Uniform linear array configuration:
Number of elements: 64
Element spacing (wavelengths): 1
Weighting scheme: kaiser
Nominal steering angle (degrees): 45
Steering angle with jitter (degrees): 44.997
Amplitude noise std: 0.05
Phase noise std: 0.05

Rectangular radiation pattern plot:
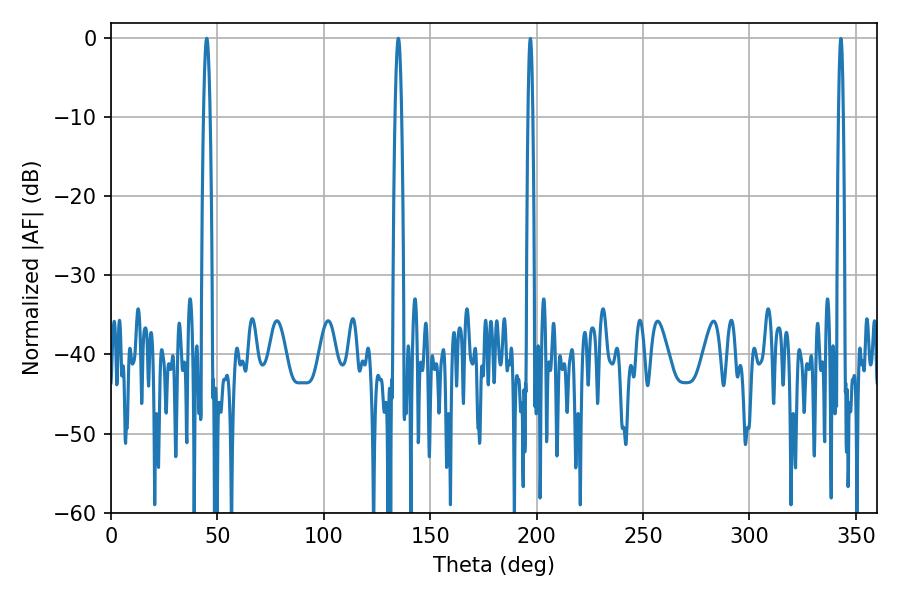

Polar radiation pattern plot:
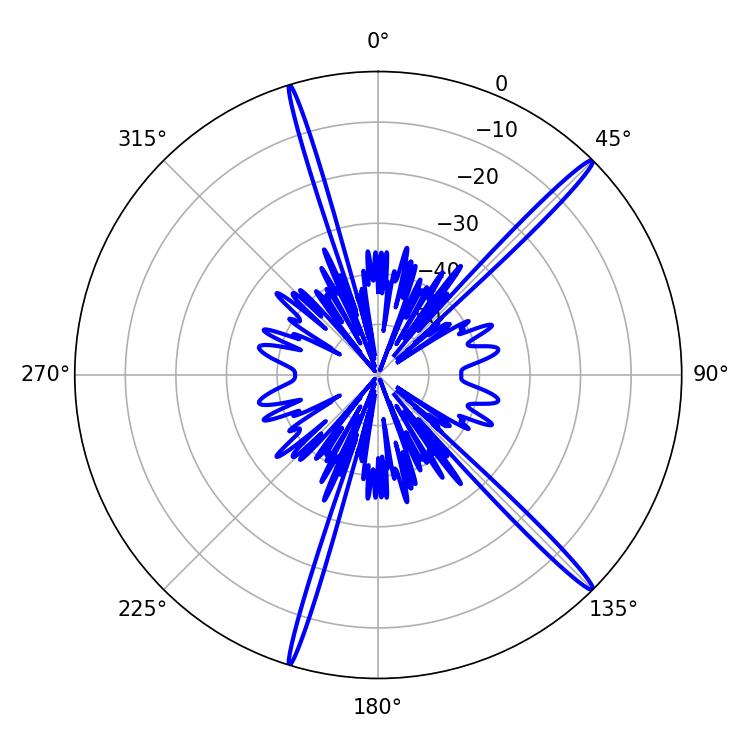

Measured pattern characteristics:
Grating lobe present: TRUE
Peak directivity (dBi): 17.925
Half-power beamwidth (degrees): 1.62
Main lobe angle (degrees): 45